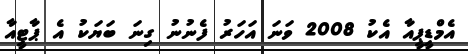
އެމްޑީޕީއާ އެކު 2008 ވަނަ އަހަރު ފެނުނު ގިނަ ބަޔަކު އެ ޕާޓީއާ